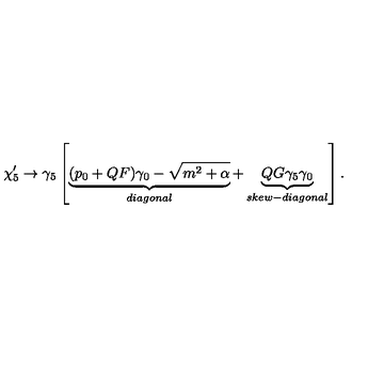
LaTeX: \chi _ { 5 } ^ { \prime } \rightarrow \gamma _ { 5 } \left[ \underbrace { ( p _ { 0 } + Q F ) \gamma _ { 0 } - \sqrt { m ^ { 2 } + \alpha } } _ { d i a g o n a l } + \underbrace { Q G \gamma _ { 5 } \gamma _ { 0 } } _ { s k e w - d i a g o n a l } \right] .